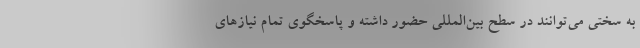
به سختی می‌توانند در سطح بین‌‌المللی حضور داشته و پاسخگوی تمام نیازهای